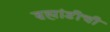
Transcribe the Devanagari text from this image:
ब्रह्मांडीची